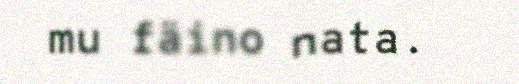
mu fäino nata.